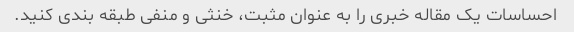
احساسات یک مقاله خبری را به عنوان مثبت، خنثی و منفی طبقه بندی کنید.